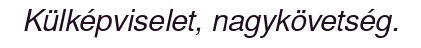
Külképviselet, nagykövetség.